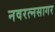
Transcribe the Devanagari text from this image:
नवरत्नसागर